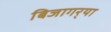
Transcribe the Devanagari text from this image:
बिजागर्‍या